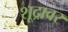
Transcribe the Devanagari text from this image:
शूद्रावर